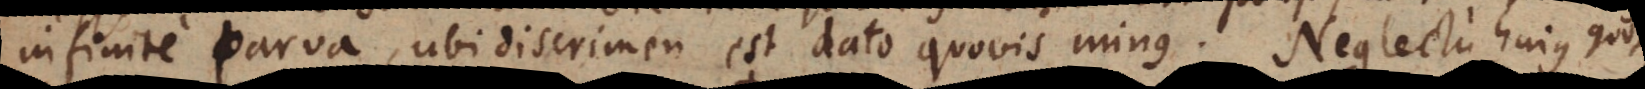
infinite parva, ubi discrimen est dato quovis minus. Neglectu hujus ob